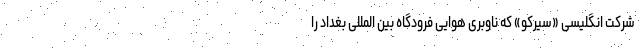
شرکت انگلیسی «سیرکو» که ناوبری هوایی فرودگاه بین المللی بغداد را